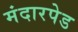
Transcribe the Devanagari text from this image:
मंदारपेड